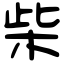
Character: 柴